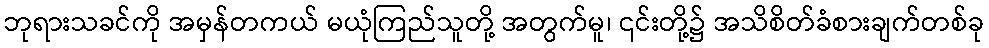
ဘုရားသခင်ကို အမှန်တကယ် မယုံကြည်သူတို့ အတွက်မူ၊ ၎င်းတို့၌ အသိစိတ်ခံစားချက်တစ်ခု